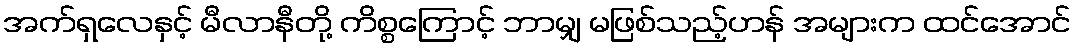
အက်ရှလေနှင့် မီလာနီတို့ ကိစ္စကြောင့် ဘာမျှ မဖြစ်သည့်ဟန် အများက ထင်အောင်